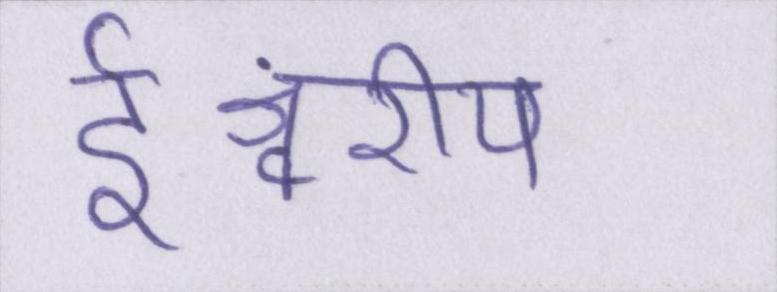
ईश्वरीय